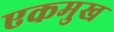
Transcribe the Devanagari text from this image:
एकमुख